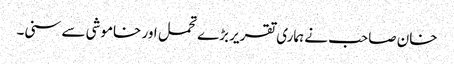
خان صاحب نے ہماری تقریر بڑے تحمل اور خاموشی سے سنی۔